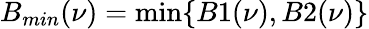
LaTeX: B_{min}(\nu)=\operatorname*{min}\{ B1(\nu),B2(\nu)\}